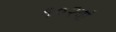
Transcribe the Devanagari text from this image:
१०२वां